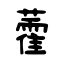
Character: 藿